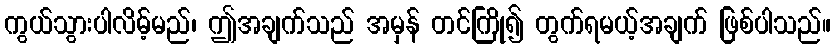
ကွယ်သွားပါလိမ့်မည်၊ ဤအချက်သည် အမှန် တင်ကြို၍ တွက်ရမယ့်အချက် ဖြစ်ပါသည်။